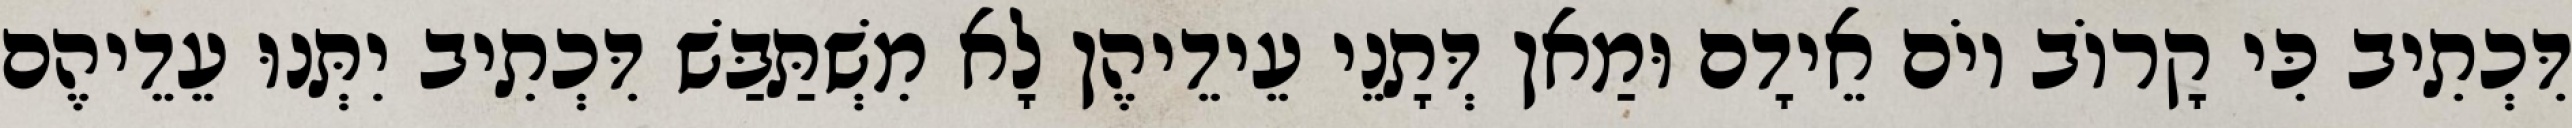
דִּכְתִיב כִּי קָרוֹב יוֹם אֵידָם וּמַאן דְּתָנֵי עֵידֵיהֶן לָא מִשְׁתַּבַּשׁ דִּכְתִיב יִתְּנוּ עֵדֵיהֶם